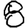
Digit: 8